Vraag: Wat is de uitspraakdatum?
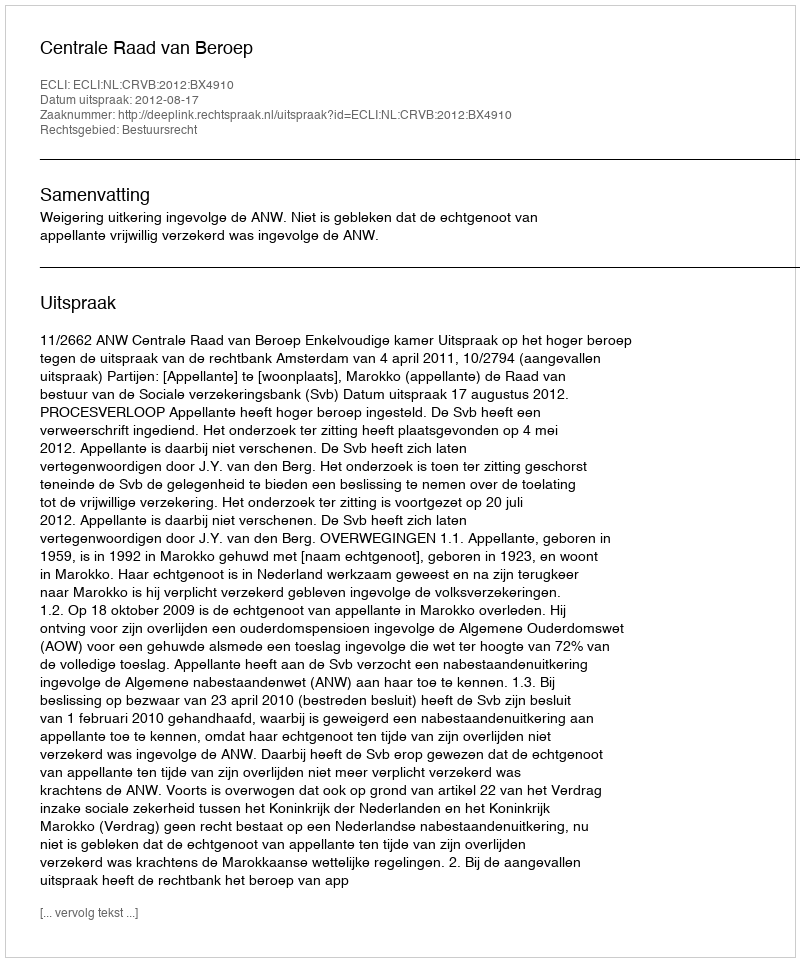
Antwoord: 2012-08-17